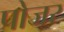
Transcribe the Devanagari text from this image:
पोजर